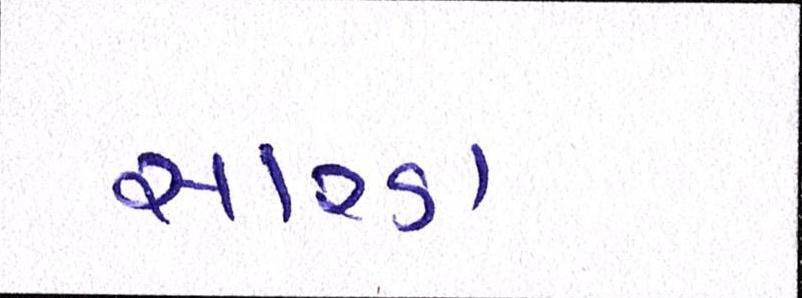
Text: સારડા